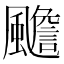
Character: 𲋉